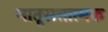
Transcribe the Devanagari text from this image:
मात़ृसत्तात्मक